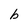
Character: b